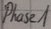
Text: Phase1